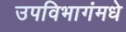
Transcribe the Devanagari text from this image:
उपविभागंमधे